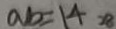
a b = 1 4 2 8